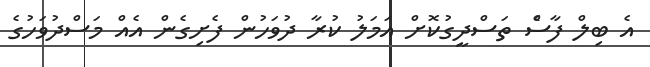
އެ ބިލް ފާސްެ ތަސްދީގުކޮށް އަމަލު ކުރާ ދުވަހުން ފެށިގެން އެއް މަސްދުވަހުގެ